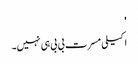
'
اکیلی مسرت بی بی ہی نہیں۔